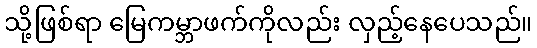
သို့ဖြစ်ရာ မြေကမ္ဘာဖက်ကိုလည်း လှည့်နေပေသည်။